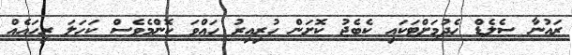
ރައުނާ ސެލެޑް ހެދުމަށްޓަކައި ކެބެޖު ކޮށަން ހުރިއިރު ހައްވަ ކޮންމެވެސް ކަހަލަ ރިހައެއް